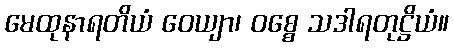
မေထုနာရတိယံ ဝေယျာ၊ ဝစ္စေ သဒါရတုဋ္ဌိယံ။